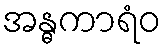
အန္ဓကာရံဝ